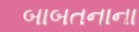
બાબતનાના